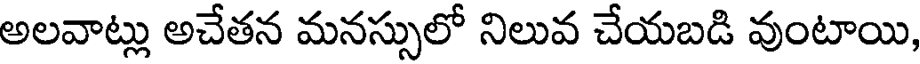
అలవాట్లు అచేతన మనస్సులో నిలువ చేయబడి వుంటాయి,